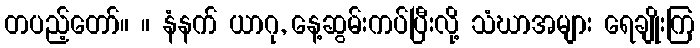
တပည့်တော်။ ။ နံနက် ယာဂု, နေ့ဆွမ်းကပ်ပြီးလို့ သံဃာအများ ရေချိုးကြ